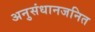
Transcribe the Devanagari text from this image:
अनुसंधानजनित